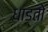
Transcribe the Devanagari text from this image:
धाडतो